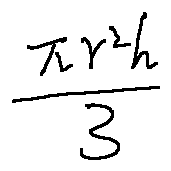
\frac { \pi r ^ { 2 } h } { 3 }